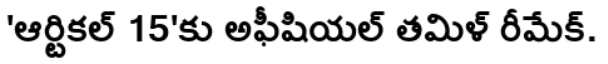
'ఆర్టికల్ 15'కు అఫీషియల్ తమిళ్ రీమేక్.